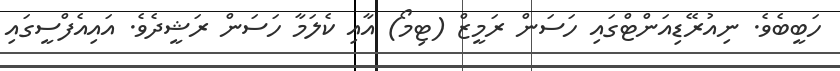
ހަބީބެވެ. ނިއުރޭޑިއަންޓްގައި ހަސަން ރަމީޒް (ޓިމޯ) އާއި ކެލަމާ ހަސަން ރަޝީދެވެ. އައިއެފްސީގައި